Problem: 6 × 7 = ?
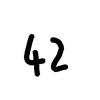
Handwritten answer: 42